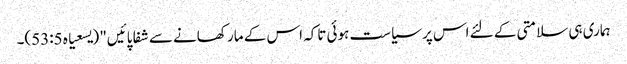
ہماری ہی سلامتی کے لئے اس پر سیاست ہوئی تاکہ اس کے مار کھانے سے شفا پائیں" (یسعیاہ 53:5)۔